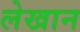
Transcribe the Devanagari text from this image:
लेखान